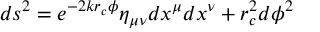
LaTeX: d s ^ { 2 } = e ^ { - 2 k r _ { c } \phi } \eta _ { \mu \nu } d x ^ { \mu } d x ^ { \nu } + r _ { c } ^ { 2 } d \phi ^ { 2 }